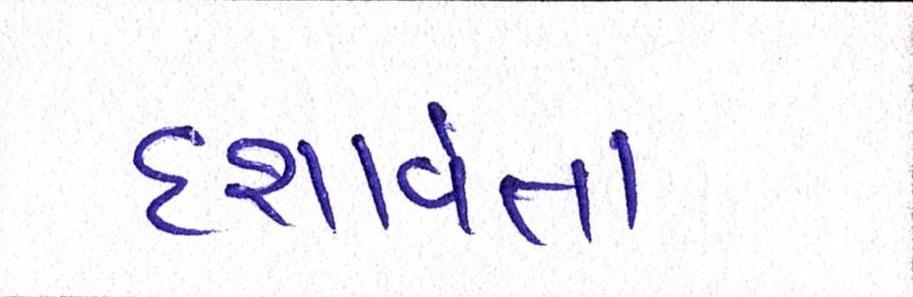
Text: દશાર્વતા